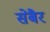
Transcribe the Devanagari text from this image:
सेबैर